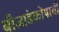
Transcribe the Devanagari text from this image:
बीजांडकोषाची